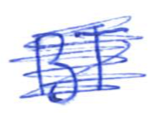
Text: BT
Cross-out: scratch
Writing tool: ballpoint